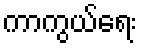
ကာကွယ်ရေး